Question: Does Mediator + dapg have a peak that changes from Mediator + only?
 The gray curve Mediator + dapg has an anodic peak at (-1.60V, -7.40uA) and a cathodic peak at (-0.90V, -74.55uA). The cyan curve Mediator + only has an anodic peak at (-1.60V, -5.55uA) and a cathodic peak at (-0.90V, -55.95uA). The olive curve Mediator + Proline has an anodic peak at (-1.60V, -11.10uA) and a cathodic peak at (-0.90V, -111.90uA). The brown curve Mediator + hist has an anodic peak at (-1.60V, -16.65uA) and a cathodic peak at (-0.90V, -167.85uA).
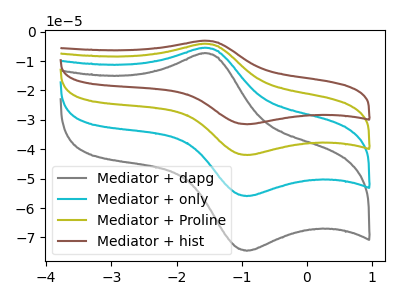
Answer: <think>All the peaks in "Mediator + dapg" have a peak in "Mediator + only" at the same potential.
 </think>
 <answer>No, "Mediator + dapg" and "Mediator + only" don't appear to be significantly different in shape</answer>
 <eval>no_change</eval>